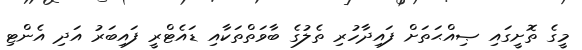
މީގެ ތޮށީގައި ޞިއްޙަތަށް ފައިދާހުރި ތެލުގެ ބާވަތްތަކާއި ޑައެޓްރީ ފައިބަރު އަދި އެންޓި